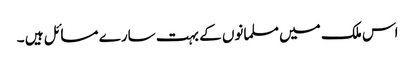
اس ملک میں مسلمانوں کے بہت سارے مسائل ہیں ۔